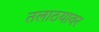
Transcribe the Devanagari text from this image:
तलाठयावर